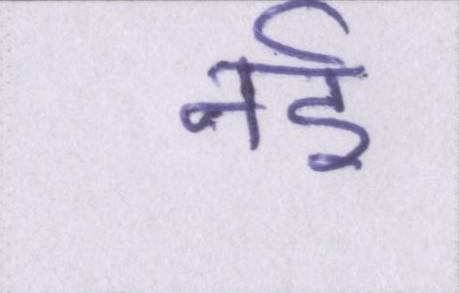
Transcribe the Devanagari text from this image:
नर्इ